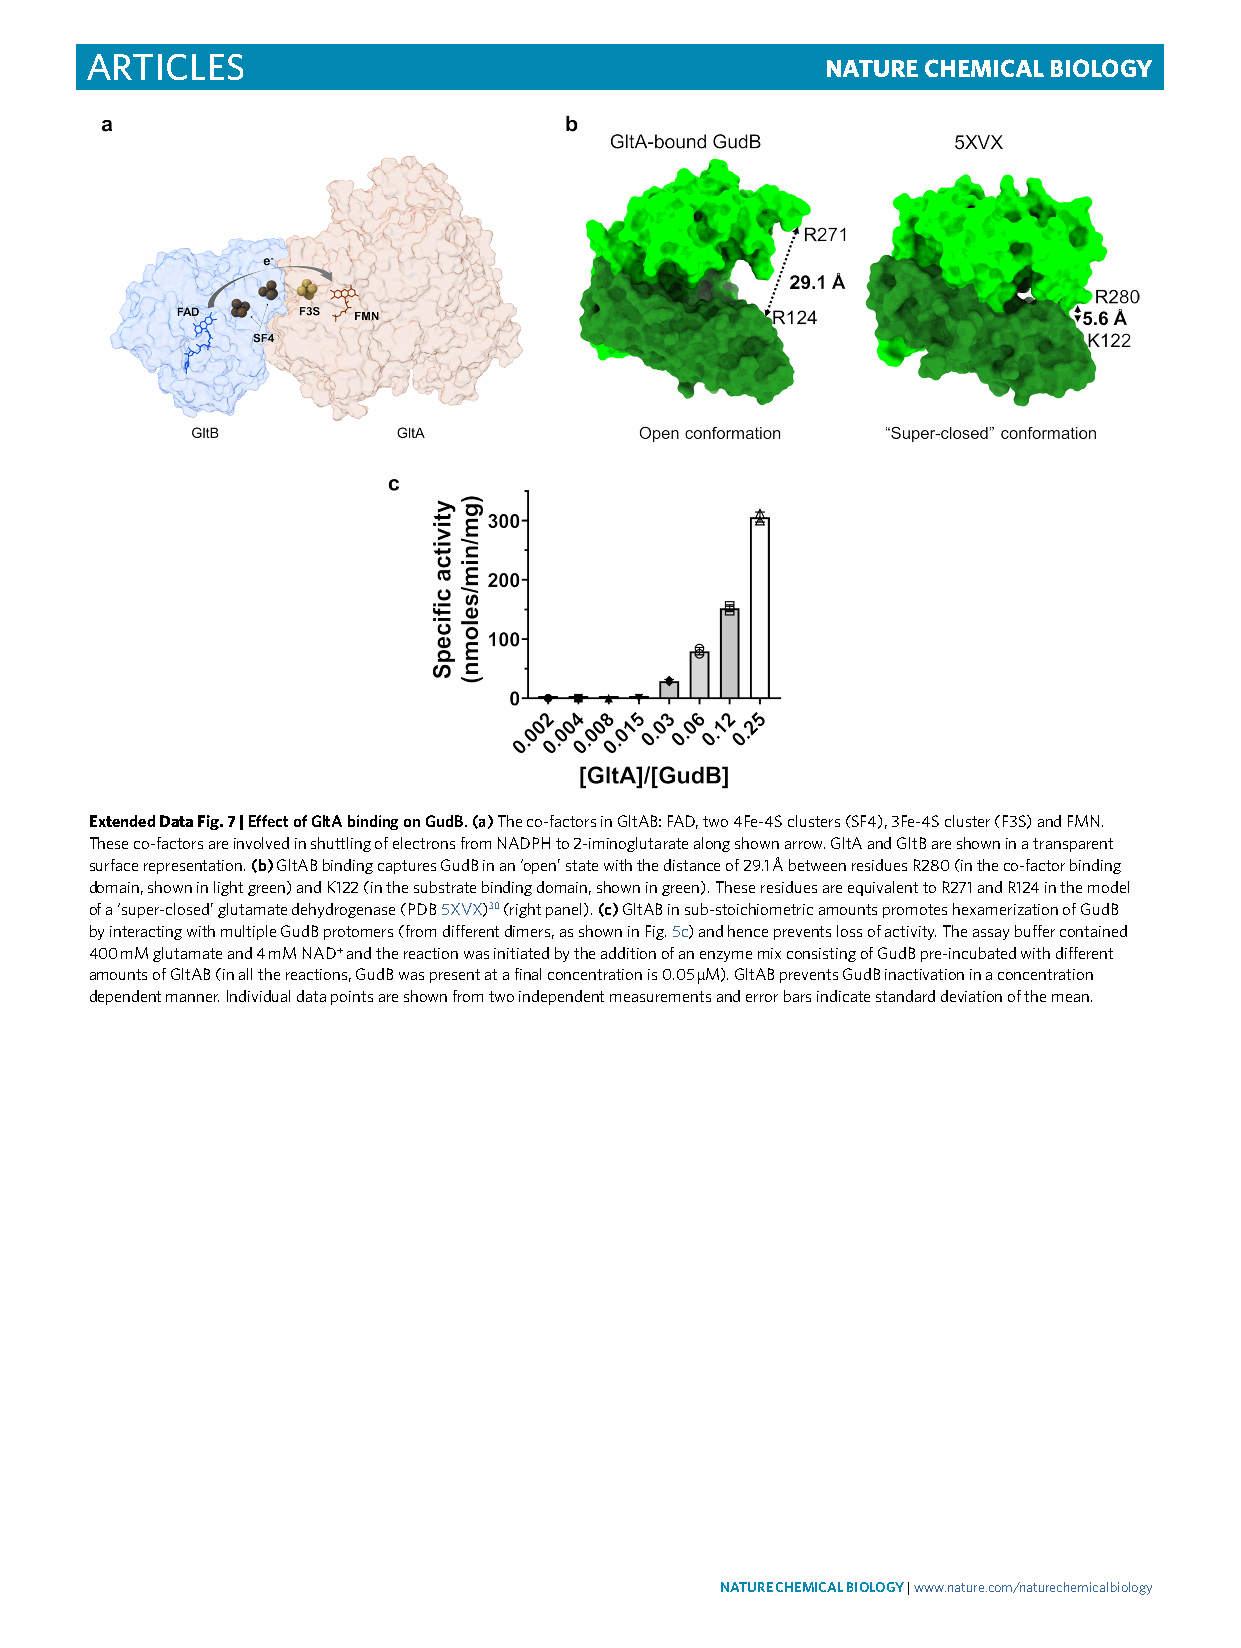
Articles                                         Nature ChemiCal Biology
 Extended Data Fig. 7 | Effect of gltA binding on gudB. (a) The co-factors in GltAB: FAD, two 4Fe-4S clusters (SF4), 3Fe-4S cluster (F3S) and FMN.
 These co-factors are involved in shuttling of electrons from NADPH to 2-iminoglutarate along shown arrow. GltA and GltB are shown in a transparent
 surface representation. (b) GltAB binding captures GudB in an ‘open’ state with the distance of 29.1 Å between residues R280 (in the co-factor binding
 domain, shown in light green) and K122 (in the substrate binding domain, shown in green). These residues are equivalent to R271 and R124 in the model
 of a ‘super-closed’ glutamate dehydrogenase (PDB 5XVX)30 (right panel). (c) GltAB in sub-stoichiometric amounts promotes hexamerization of GudB
 by interacting with multiple GudB protomers (from different dimers, as shown in Fig. 5c) and hence prevents loss of activity. The assay buffer contained
 400 mM glutamate and 4 mM NAD+ and the reaction was initiated by the addition of an enzyme mix consisting of GudB pre-incubated with different
 amounts of GltAB (in all the reactions, GudB was present at a final concentration is 0.05 µM). GltAB prevents GudB inactivation in a concentration
 dependent manner. Individual data points are shown from two independent measurements and error bars indicate standard deviation of the mean.
 NATurE ChEMiCAL BioLogy | www.nature.com/naturechemicalbiology